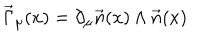
\vec { \Gamma } _ { \mu } ( x ) = \partial _ { \mu } \vec { n } ( x ) \wedge \vec { n } ( x )